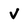
Character: v